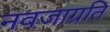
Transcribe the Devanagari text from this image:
नवजाग्रति